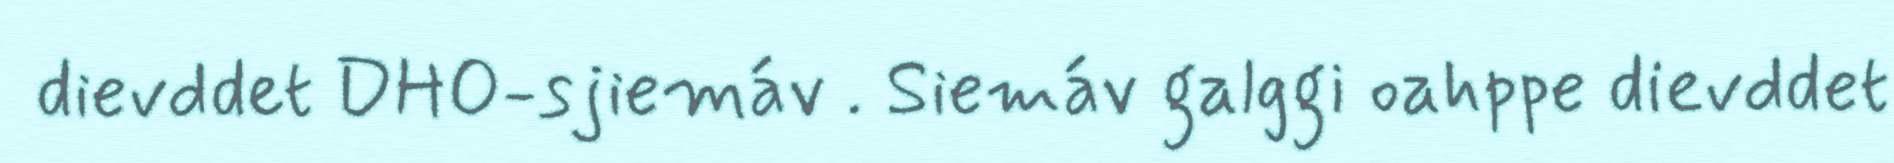
dievddet DHO-sjiemáv . Siemáv galggi oahppe dievddet